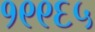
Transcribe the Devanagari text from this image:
१९९६५